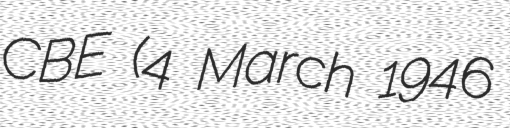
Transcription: CBE (4 March 1946